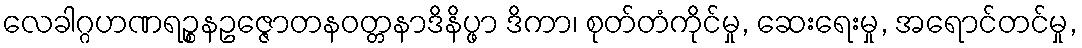
လေခါဂ္ဂဟဏရဉ္စနဥဇ္ဇောတနဝတ္တနာဒိနိပ္ဖာ ဒိကာ၊ စုတ်တံကိုင်မှု, ဆေးရေးမှု, အရောင်တင်မှု,